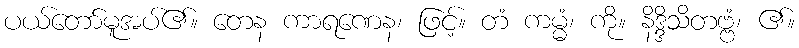
ပယ်တော်မူအပ်၏။ တေန ကာရဏေန၊ ဖြင့်။ တံ ကမ္မံ၊ ကို။ နိဒ္ဒိသိတဗ္ဗံ၊ ၏။